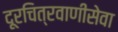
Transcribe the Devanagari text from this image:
दूरचित्रवाणीसेवा